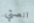
انصتي